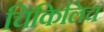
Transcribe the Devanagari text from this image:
चिंकिलिच